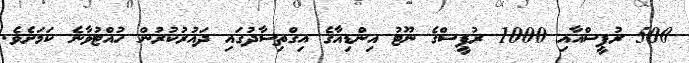
500 ރުޕީސްއާއި 1000 ރުޕީސްގެ ނޫޓު އިންޑިއާގެ އިގްތިސާދުގައި ދައުރުކުރުން ހުއްޓުވާނެ ކަމަށެވެ.